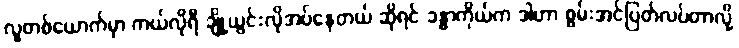
လူတစ်ယောက်မှာ ကယ်လိုရီ ချို့ယွင်းလိုအပ်နေတယ် ဆိုရင် ခန္ဓာကိုယ်က ဒါဟာ စွမ်းအင်ပြတ်လပ်တာလို့